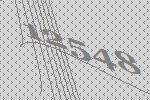
12548